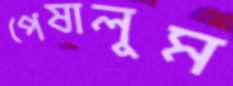
পেষালুম